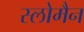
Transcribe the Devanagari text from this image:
स्लोमैन